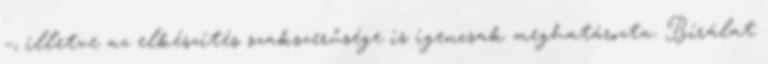
–, illetve az elkészítés szakszerűsége is igencsak meghatározta. Bírálat